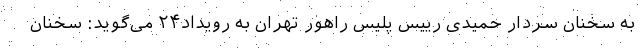
به سخنان سردار حمیدی رییس پلیس راهور تهران به رویداد۲۴ می‌گوید: سخنان